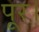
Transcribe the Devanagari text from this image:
पूर।